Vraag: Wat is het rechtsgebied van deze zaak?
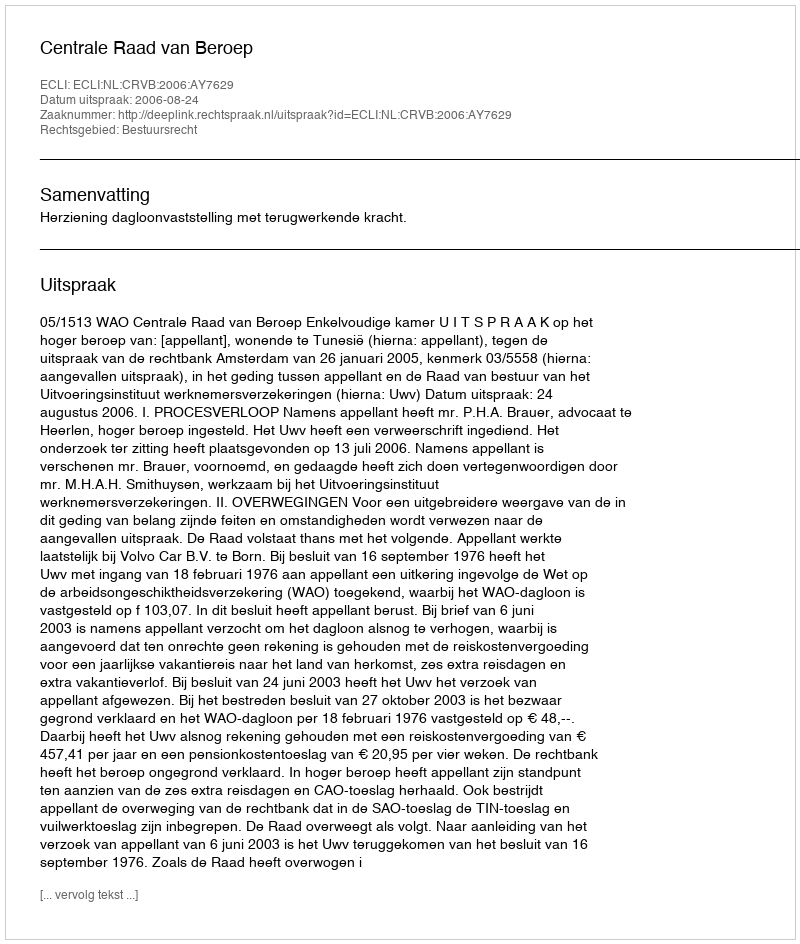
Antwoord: Bestuursrecht